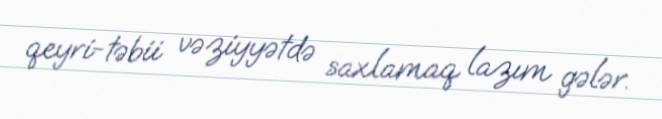
qeyri-təbii vəziyyətdə saxlamaq lazım gələr.